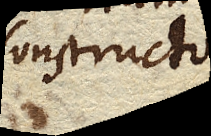
constructo